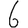
Digit: 6